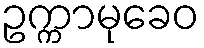
ဥက္ကာမုခေဝ